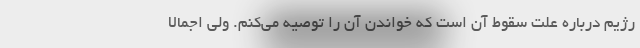
رژيم درباره علت سقوط آن است كه خواندن آن را توصيه مي‌كنم. ولي اجمالا